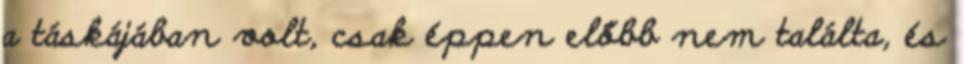
a táskájában volt, csak éppen előbb nem találta, és